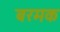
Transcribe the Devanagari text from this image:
बरमक